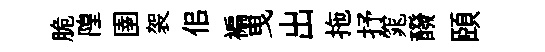
脆隍圉袈佀褊曳出拖抒窕醱頤